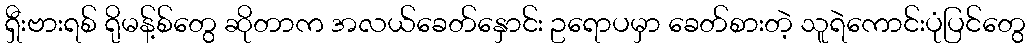
ရှီးဗားရစ် ရိုမန့်စ်တွေ ဆိုတာက အလယ်ခေတ်နှောင်း ဥရောပမှာ ခေတ်စားတဲ့ သူရဲကောင်းပုံပြင်တွေ